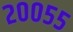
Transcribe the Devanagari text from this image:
२००५५